King Institute of Preventive Medicine Micro-Biological Section reports 1909-11
Year: 1909
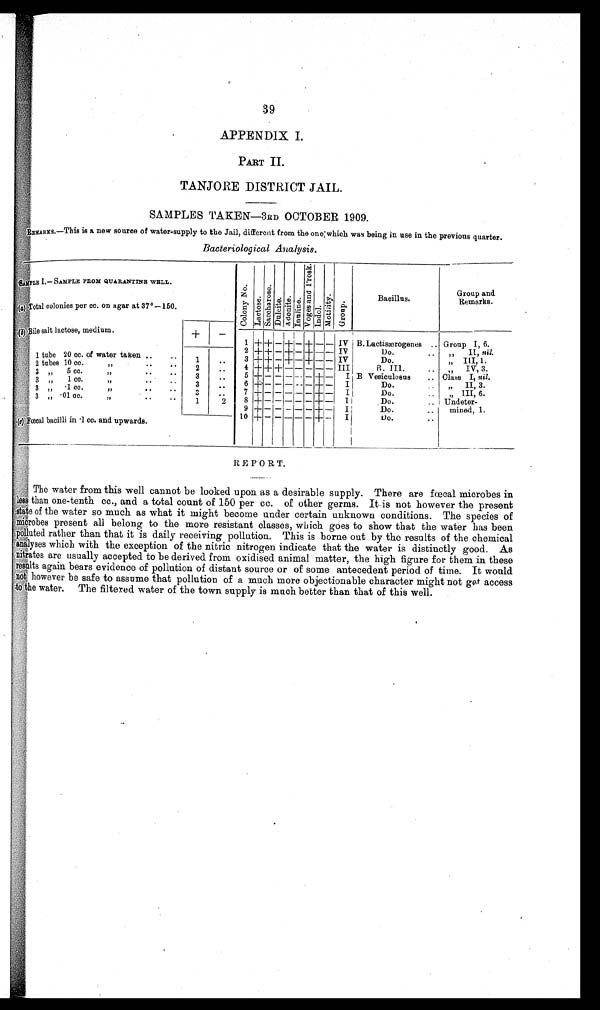
39
APPENDIX I.
PART II.
TANJORE DISTRICT JAIL.
SAMPLES TAKEN—3RD OCTOBER 1909.
REMARKS.—This is a new source of water-supp]y to the Jail, different from the one which was being in use in the previous quarter.
Bacteriological Analysis.
SAMPLE I.—SAMPLE FROM QUARANTINE WELL.
C o l o n y N o .
L a c t o s e .
S a c c h a r o s e .
D u l c i t e . A d o n i t e . I n u l i n e .
V o g e s a n d P r o s k .
I n d o l .
M o t i l i t y .
G r o u p .
Bacillus.
Group and
Remarks.
(a) Total colonies per cc. on agar at 37°— 150
.
(b) Bi1e salt lactose, medium.
+
—
1 + + — + — + — — IV B. Lactisærogenes .. Group I, 6.
2 + + —
+
— + — — IV
Do.
„ II, nil.
1 tube 20 cc. of water taken ..
..
1
_. .
3 + + — + — + — — IV
Do.
„ III, 1.
2 tubes 10 cc.
, , . . . .
2
. . 4 + + + — — — — —
I I I
B. III.
. .
, ,
I V , 3 .
3 ,,
cc. ,, ,. ..
3
..
5 + — — — — — + — I B. Vesiculosus . . Class I, nil.
3 „ 1 cc. ,, .. ..
3
..
6 + — — — — — + — I
Do.
,, II, 3.
3 ,,·1 cc.
,,, .. ..
3
.. 7 + — — — — — + — I
Do.
.. „ III, 6.
3 „
· 0 1 c c . , , . . . .
1
2
8 + — — — — — + — I
Do.
.. Undeter--
9 + — — — — — + — I
Do.
.. mined, 1.
10 + — — — — — + — I Do.
. .
(c) Fœcal bacilli in •1 cc. and upwards.
REPORT.
The water from this well cannot be looked upon as a desirable supply. There are fœcal microbes in
l e s s t h a n o n e - t e n t h c c . , a n d a t o t a l c o u n t o f 1 5 0 p e r c c . o f o t h e r g e r m s . I t i s n o t h o w e v e r t h e p r e s e n t
state of the water so much as what it might become under certain unknown conditions. The species of
Microbes present all belong to the more resistant classes, which goes to show that the water has been
polluted rather than that it is daily receiving pollution. This is borne out by the results of the chemical
analyses which with the exception of the nitric nitrogen indicate that the water is distinctly good. As
nitrates are usually accepted to be derived from oxidised animal matter, the high figure for them in these
r e s u l t s a g a i n b e a r s e v i d e n c e o f p o l l u t i o n o f d i s t a n t s o u r c e o r o f s o m e a n t e c e d e n t p e r i o d o f t i m e . I t w o u l d
not however be safe to assume that pollution of a much more objectionable character might not get access
to the water. The filtered water of the town supply is much better than that of this well.